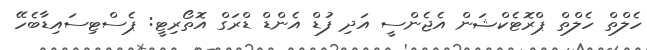
ހެލްތް ހެލްތް ޕްރޮޓެކްޝަން އެޖެންސީ އަދި ފުޑް އެންޑް ޑްރަގް އޮތޯރިޓީ: ޕެސްޓިސައިޑާބެހޭ